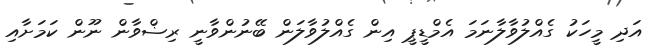
އަދި މީހަކު ގެއްލުވާލާނަމަ އެމްޑީޕީ އިން ގެއްލުވާލަން ބޭނުންވާނީ ރިޟްވާން ނޫން ކަމަށާއި